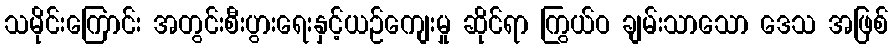
သမိုင်းကြောင်း အတွင်းစီးပွားရေးနှင့်ယဉ်ကျေးမှု ဆိုင်ရာ ကြွယ်ဝ ချမ်းသာသော ဒေသ အဖြစ်